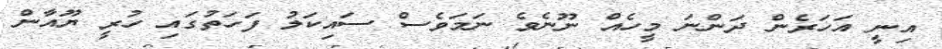
އިނީ އަހަރެން ދަންނަ މީހެއް ނޫނެވެ ނަމަވެސް ސައިކަލު ފަހަތުގައި ހުރީ ޔޫއާން